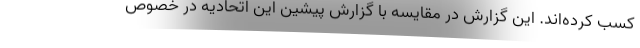
کسب کرده‌اند. این گزارش در مقایسه با گزارش پیشین این اتحادیه در خصوص